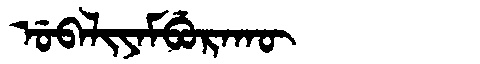
Manchu: ᡠᠪᠠᠯᡳᠶᠠᠮᠪᡠᡵᠠᡴᡡ
Romanization: UBALIYAMBURAKŪ